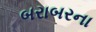
બરાબરના